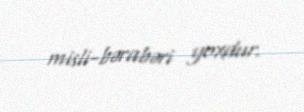
misli-bərabəri yoxdur.